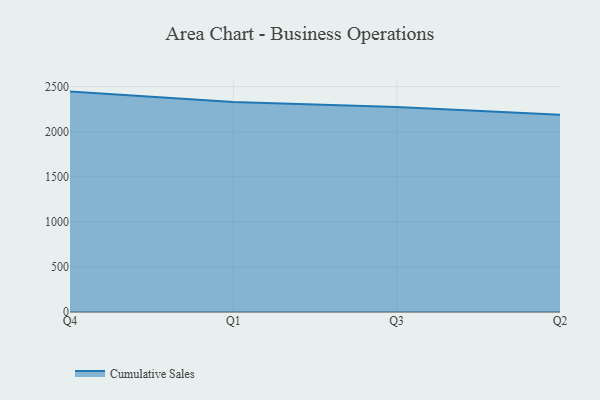
{"axis": {"x": "Quarter", "y": "Temperature (°C)"}, "legend": ["Cumulative Sales"], "data": [{"x": "Q4", "y": 2444.0, "type": "Cumulative Sales"}, {"x": "Q1", "y": 2329.7, "type": "Cumulative Sales"}, {"x": "Q3", "y": 2274.2, "type": "Cumulative Sales"}, {"x": "Q2", "y": 2188.2, "type": "Cumulative Sales"}]}